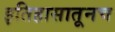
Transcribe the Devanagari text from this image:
इतिहासातूनच